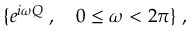
\{ e ^ { i \omega Q } \; , \quad 0 \le \omega < 2 \pi \} \; ,